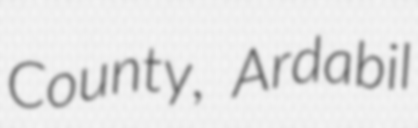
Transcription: County, Ardabil